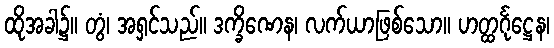
ထိုအခါ၌။ တွံ၊ အရှင်သည်။ ဒက္ခိဏေန၊ လက်ယာဖြစ်သော။ ဟတ္ထင်္ဂုဋ္ဌေန၊